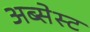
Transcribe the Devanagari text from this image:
अब्सेस्ट